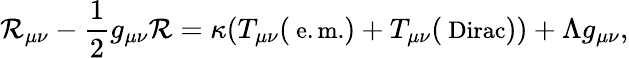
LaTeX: {\cal R}_{\mu\nu}-\frac{1}{2}g_{\mu\nu}{\cal R}=\kappa(T_{\mu\nu}(\mathrm{\small~e.m.})+T_{\mu\nu}(\mathrm{\small~Dirac}))+\Lambda g_{\mu\nu},